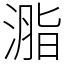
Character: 㴯